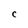
Character: C